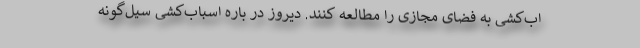
اب‌کشی به فضای مجازی را مطالعه کنند. دیروز در باره اسباب‌کشی سیل‌گونه